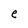
Character: e